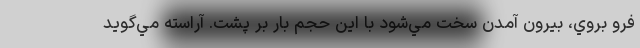
فرو بروي، بيرون آمدن سخت مي‌شود با اين حجم بار بر پشت. آراسته مي‌گويد